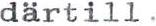
därtill.